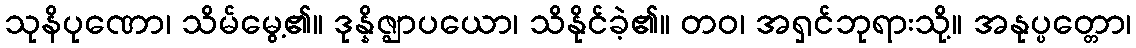
သုနိပုဏော၊ သိမ်မွေ့၏။ ဒုန္နိဇ္ဈာပယော၊ သိနိုင်ခဲ့၏။ တဝ၊ အရှင်ဘုရားသို့။ အနုပ္ပတ္တော၊